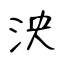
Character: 泱